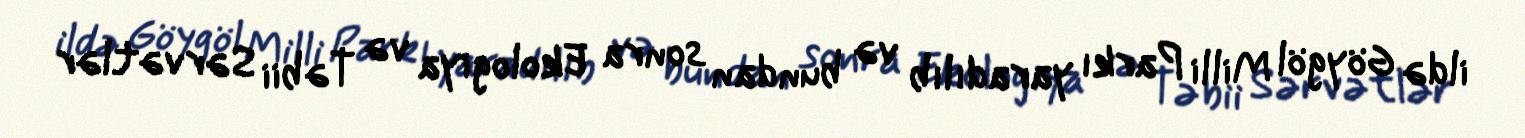
ildə Göygöl Milli Parkı yaradılıb və bundan sonra Ekologiya və Təbii Sərvətlər